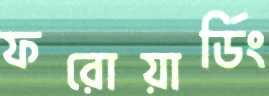
ফরোয়ার্ডিং